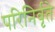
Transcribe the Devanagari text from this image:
परिनिर्वृते